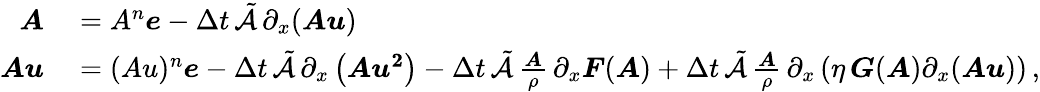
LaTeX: \begin{array}{rl}{\boldsymbol{A}}&{{}=A^{n}\boldsymbol{e}-\Delta t\, \tilde{\mathcal{A}}\, \partial_{x}(\boldsymbol{Au})}\\ {\boldsymbol{Au}}&{{}=(Au)^{n}\boldsymbol{e}-\Delta t\, \tilde{\mathcal{A}}\, \partial_{x}\left(\boldsymbol{Au^{2}}\right)-\Delta t\, \tilde{\mathcal{A}}\, \frac{\boldsymbol{A}}{\rho}\, \partial_{x}\boldsymbol{F}(\boldsymbol{A})+\Delta t\, \tilde{\mathcal{A}}\, \frac{\boldsymbol{A}}{\rho}\, \partial_{x}\left(\eta\, \boldsymbol{G}(\boldsymbol{A})\partial_{x}(\boldsymbol{Au})\right)\, ,}\end{array}